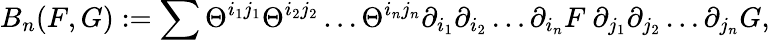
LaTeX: B_{n}(F,G):=\sum\Theta^{i_{1}j_{1}}\Theta^{i_{2}j_{2}}\dots\Theta^{i_{n}j_{n}}\partial_{i_{1}}\partial_{i_{2}}\dots\partial_{i_{n}}F\ \partial_{j_{1}}\partial_{j_{2}}\dots\partial_{j_{n}}G,